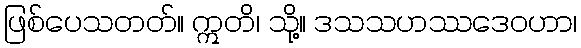
ဖြစ်ပေသတတ်။ ဣတိ၊ သို့။ ဒသသဟဿဒေဝဟာ၊